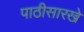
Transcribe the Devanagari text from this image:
पाठीसारखे